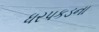
ધરપકડના